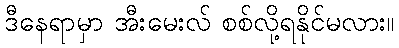
ဒီနေရာမှာ အီးမေးလ် စစ်လို့ရနိုင်မလား။